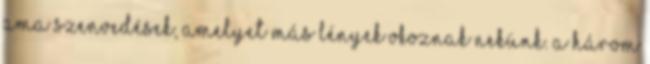
ama szenvedések, amelyet más lények okoznak nekünk. A három